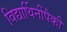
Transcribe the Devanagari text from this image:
विद्यार्थिनींपैकी